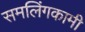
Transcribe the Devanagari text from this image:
समलिंगकामी